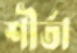
শীর্তা